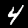
Digit: 4